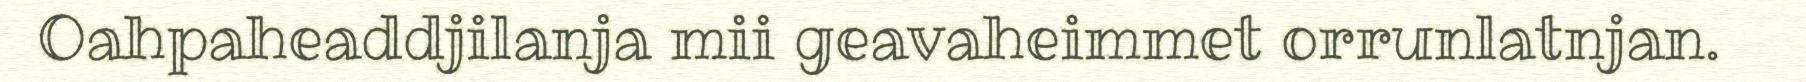
Oahpaheaddjilanja mii geavaheimmet orrunlatnjan.